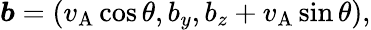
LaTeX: \boldsymbol{b}=(v_{\mathrm{A}}\cos\theta,b_{y},b_{z}+v_{\mathrm{A}}\sin\theta),